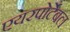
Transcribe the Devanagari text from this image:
एयरपोर्टेबल